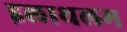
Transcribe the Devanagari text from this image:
इलाथलम